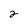
Character: 2